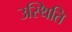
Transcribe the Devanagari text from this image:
उस्थिति